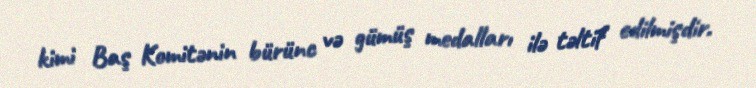
kimi Baş Komitənin bürünc və gümüş medalları ilə təltif edilmişdir.